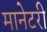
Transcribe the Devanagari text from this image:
मानेटरी